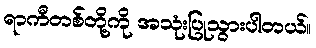
ရာကီတစ်တို့ကို အသုံးပြုသွားပါတယ်။